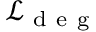
\mathcal { L } _ { \mathrm { ~ d ~ e ~ g ~ } }